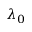
\lambda _ { 0 }